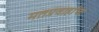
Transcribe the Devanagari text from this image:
मतप्रवाहांचा